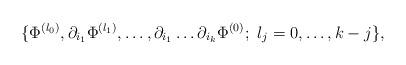
LaTeX: \begin{align*}\{\Phi^{(l_0)},\partial_{i_1}\Phi^{(l_1)},\ldots,\partial_{i_1}\dots\partial_{i_k}\Phi^{(0)};\,\,l_j=0,\ldots,k-j\},\end{align*}